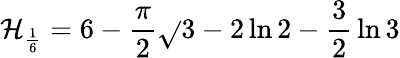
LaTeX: \mathcal{H}_{\frac{{1}}{{6}}}=6-{\frac{{\pi}}{{2}}}{\sqrt{}{{3}}}-2\ln{2}-{\frac{{3}}{{2}}}\ln{3}